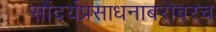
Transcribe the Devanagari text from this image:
सौंदर्यप्रसाधनाबरोबरच